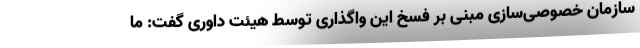
سازمان خصوصی‌سازی مبنی بر فسخ این واگذاری توسط هیئت داوری گفت: ما